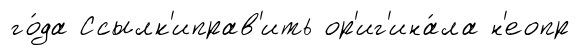
го́да Ссылк'иправ'ить ор'иг'ина́ла н'еопр